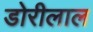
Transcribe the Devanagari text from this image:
डोरीलाल